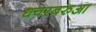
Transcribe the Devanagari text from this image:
धवरबरुआ